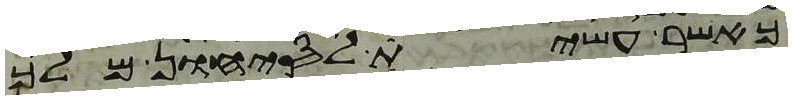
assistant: כאשר עשית לסיחון מלך